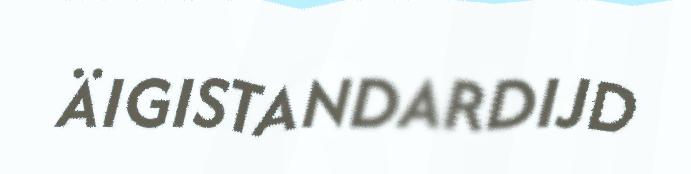
ÄIGISTANDARDIJD